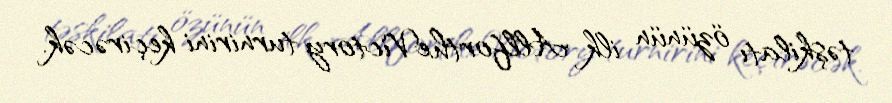
təşkilatı özünün ilk AllfortheVictory turnirini keçirəcək.